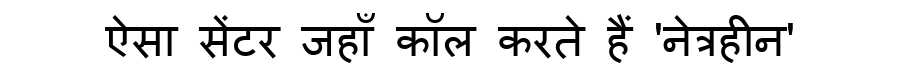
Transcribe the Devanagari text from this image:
ऐसा सेंटर जहाँ कॉल करते हैं 'नेत्रहीन'